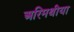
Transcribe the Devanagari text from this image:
अरिमथीया